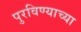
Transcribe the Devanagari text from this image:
पुरविण्याच्या